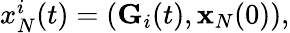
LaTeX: \begin{array}{r}{x_{N}^{i}(t)=({\mathbf G}_{i}(t),{\mathbf x}_{N}(0)),}\end{array}